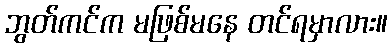
ဘွတ်ကင်က မဖြစ်မနေ တင်ရမှာလား။